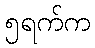
၅ရက်က